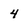
Character: 4